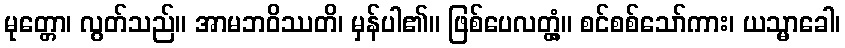
မုတ္တော၊ လွတ်သည်။ အာမဘဝိဿတိ၊ မှန်ပါ၏။ ဖြစ်ပေလတ္တံ့။ စင်စစ်သော်ကား၊ ယသ္မာခေါ၊